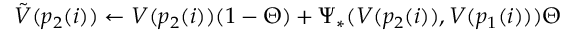
\tilde { V } ( p _ { 2 } ( i ) ) \gets V ( p _ { 2 } ( i ) ) ( 1 - \Theta ) + \Psi _ { \ast } ( V ( p _ { 2 } ( i ) ) , V ( p _ { 1 } ( i ) ) ) \Theta